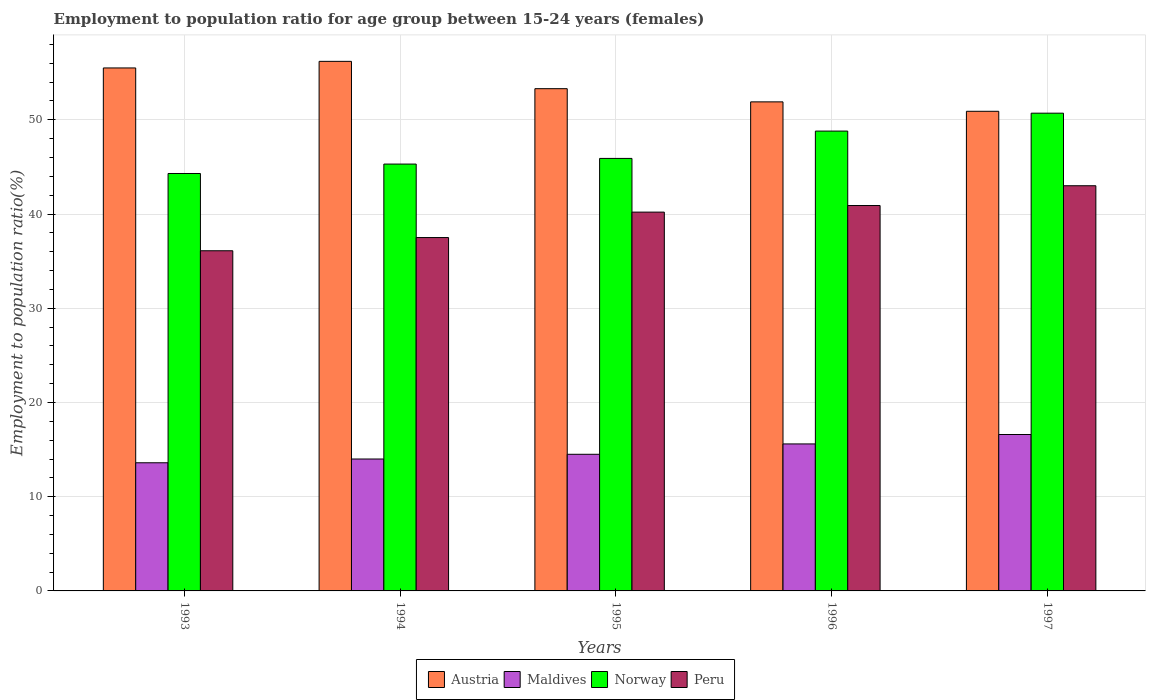
| Years | Austria | Maldives | Norway | Peru |
 | --- | --- | --- | --- | --- |
 | 1993 | 55.5 | 13.6 | 44.3 | 36.1 |
 | 1994 | 56.2 | 14 | 45.3 | 37.5 |
 | 1995 | 53.3 | 14.5 | 45.9 | 40.2 |
 | 1996 | 51.9 | 15.6 | 48.8 | 40.9 |
 | 1997 | 50.9 | 16.6 | 50.7 | 43 |